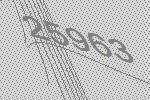
25963